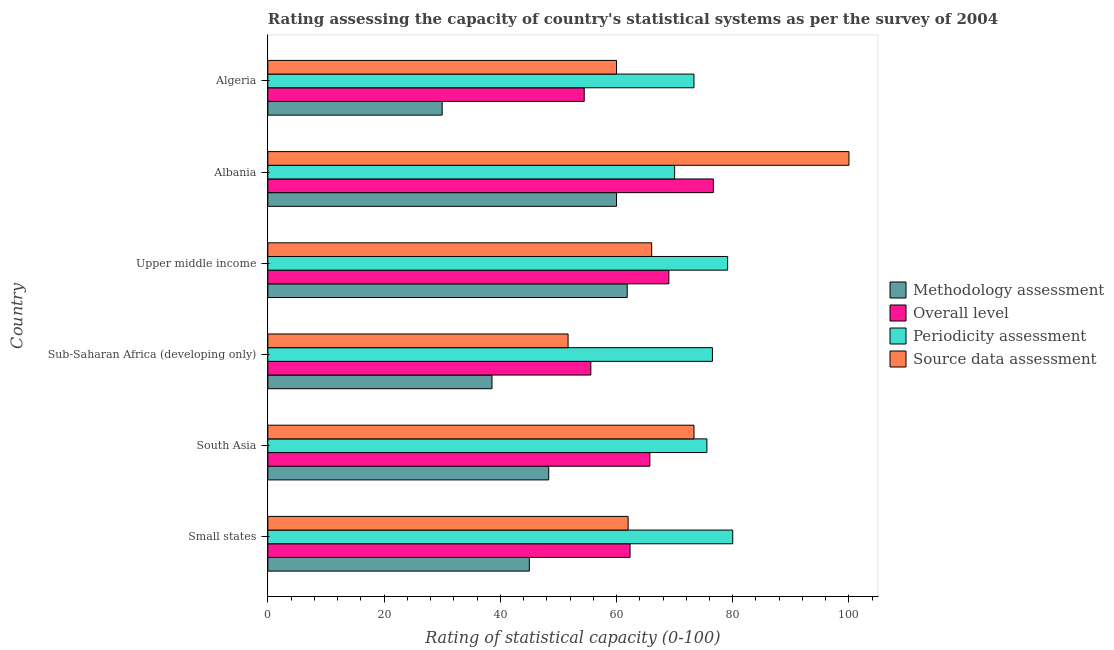
| Country | Methodology assessment | Overall level | Periodicity assessment | Source data assessment |
 | --- | --- | --- | --- | --- |
 | Small states | 45 | 62.3 | 80 | 62 |
 | South Asia | 48.3 | 65.7 | 75.6 | 73.3 |
 | Sub-Saharan Africa (developing only) | 38.6 | 55.6 | 76.5 | 51.7 |
 | Upper middle income | 61.8 | 69 | 79.1 | 66.1 |
 | Albania | 60 | 76.7 | 70 | 100 |
 | Algeria | 30 | 54.4 | 73.3 | 60 |